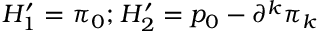
H _ { 1 } ^ { \prime } = \pi _ { 0 } ; _ { } { } _ { } H _ { 2 } ^ { \prime } = p _ { 0 } - \partial ^ { k } \pi _ { k }